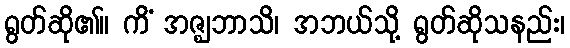
ရွတ်ဆို၏။ ကိံ အဇ္ဈဘာသိ၊ အဘယ်သို့ ရွတ်ဆိုသနည်း၊